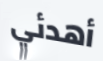
أهدئي